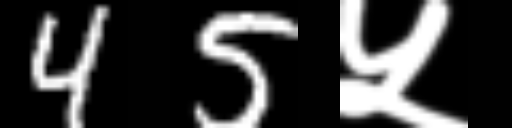
Text: 45५